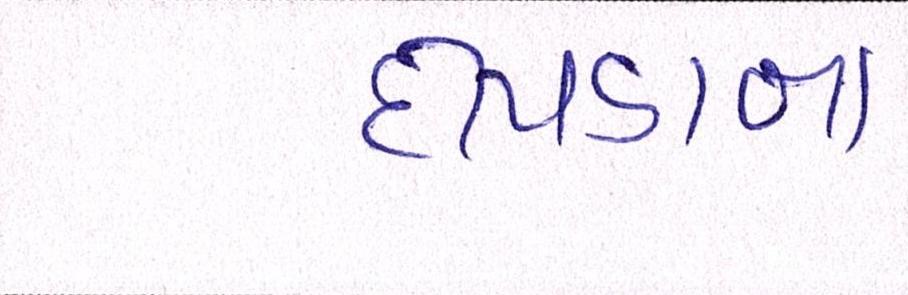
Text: દીપડાના